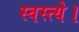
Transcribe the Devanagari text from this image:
स्वस्त्ये।